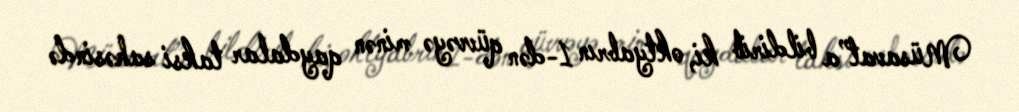
Müsavat”a bildirib ki, oktyabrın 1-dən qüvvəyə minən qaydalar taksi sahəsində